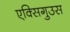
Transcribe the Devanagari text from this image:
एक्सिगुउस